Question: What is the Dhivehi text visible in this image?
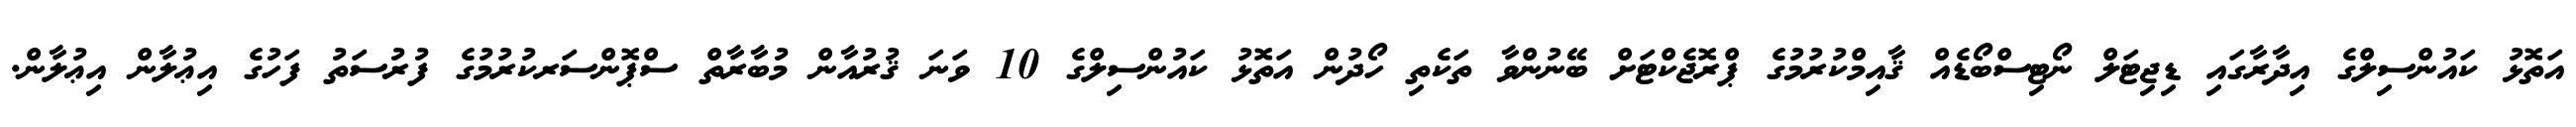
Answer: އަތޮޅު ކައުންސިލްގެ އިދާރާގައި ޑިޖިޓަލް ނޯޓިސްބޯޑެއް ޤާއިމްކުރުމުގެ ޕްރޮޖެކްޓަށް ބޭނުންވާ ތަކެތި ހޯދުން އަތޮޅު ކައުންސިލްގެ 10 ވަނަ ޤުރުއާން މުބާރާތް ސްޕޮންސަރކުރުމުގެ ފުރުސަތު ފަހުގެ އިޢުލާން އިޢުލާން.